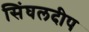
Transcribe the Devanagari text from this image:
सिंघलदीप